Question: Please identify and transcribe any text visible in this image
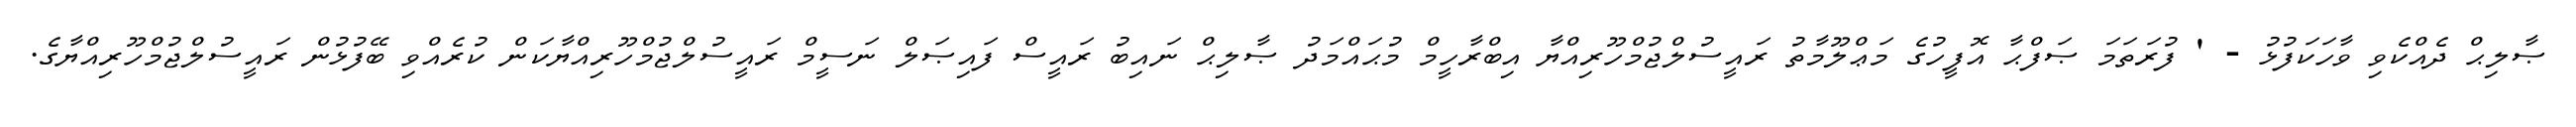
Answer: ޞާލިޙް ދެއްކެވި ވާހަކަފުޅު - ' ފުރަތަމަ ޞަފްޙާ އޮފީހުގެ މަޢްލޫމާތު ރައީސުލްޖުމްހޫރިއްޔާ އިބްރާހީމް މުޙައްމަދު ޞާލިޙް ނައިބު ރައީސް ފައިޞަލް ނަސީމް ރައީސުލްޖުމްހޫރިއްޔާކަން ކުރެއްވި ބޭފުޅުން ރައީސުލްޖުމްހޫރިއްޔާގެ.